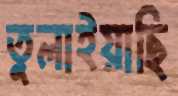
তুলাইয়াছি